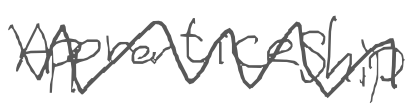
Text: Apprenticeship
Cross-out: zig-zag
Writing tool: digital_gray